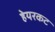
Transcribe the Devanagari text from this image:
हेयरकट